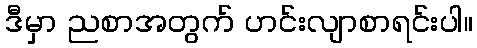
ဒီမှာ ညစာအတွက် ဟင်းလျာစာရင်းပါ။